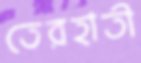
তেরহাতী